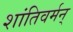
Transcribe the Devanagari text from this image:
शांतिवर्मन्